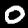
Digit: 0